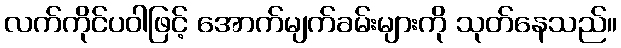
လက်ကိုင်ပဝါဖြင့် အောက်မျက်ခမ်းများကို သုတ်နေသည်။